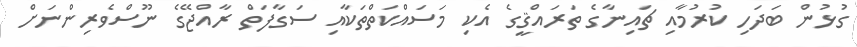
ގުޅުން ބަދަހި ކުރުމާއި ޗައިނާގެ ތަރައްޤީގެ އެކި މަސައްކަތްތަކާއި ސަގާފަތް ރާއްޖޭގެ ނޫސްވެރިންނަށް